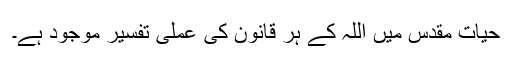
حیات مقدس میں اللہ کے ہر قانون کی عملی تفسیر موجود ہے۔